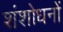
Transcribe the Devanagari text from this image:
शंशोधनों